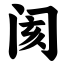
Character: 阂